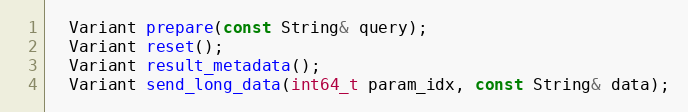
Language: C
  Variant prepare(const String& query);
  Variant reset();
  Variant result_metadata();
  Variant send_long_data(int64_t param_idx, const String& data);